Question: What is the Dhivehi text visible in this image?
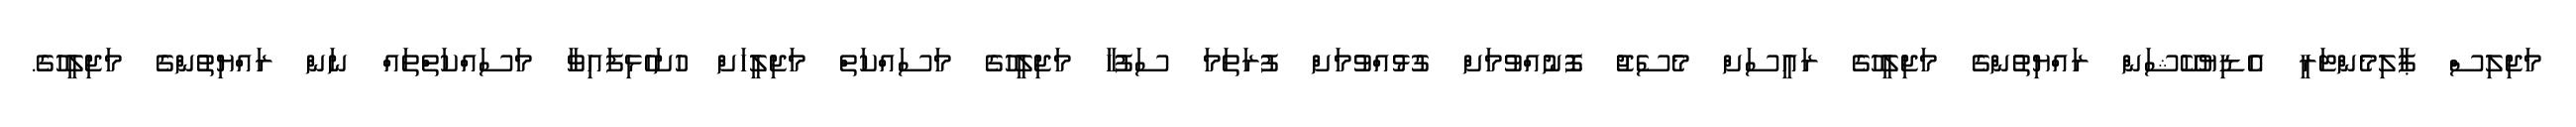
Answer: މަޖިލިސް ޕާލިމެންޓަރީ އެޑިޔުކޭޝަން ރައްޔިތުންގެ މަޖިލީހުގެ ރައީސަށް މެސެޖު ފޮނުއްވުމަށް ގުޅުއްވުމަށް ފުރަތަމަ ސަފުހާ މަޖިލީހުގެ މަސައްކަތް މަޖިލީހަށް ހުށަހެޅިފައިވާ މަސައްކަތްތައް ނަން ރައްޔިތުންގެ މަޖިލީހުގެ.